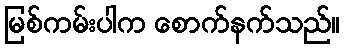
မြစ်ကမ်းပါက စောက်နက်သည်။